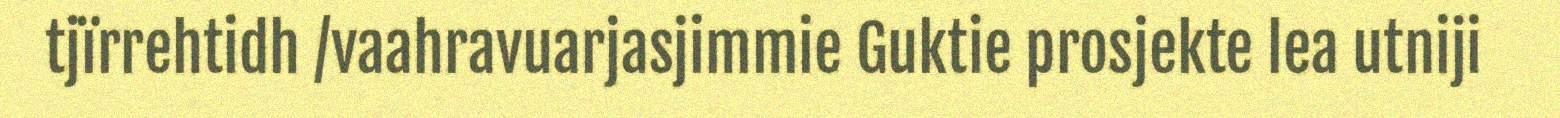
tjïrrehtidh /vaahravuarjasjimmie Guktie prosjekte lea utniji